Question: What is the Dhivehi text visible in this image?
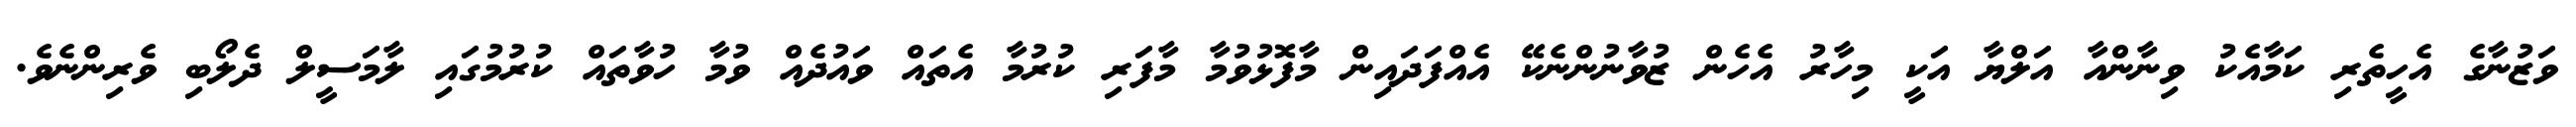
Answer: ވަޒުނާގެ އެހީތެރި ކަމާއެކު ވިނާންއާ އަލްޔާ އަކީ މިހާރު އެހެން ޒުވާނުންނެކޭ އެއްފަދައިން މާފޮޅުވުމާ މާފަރި ކުރުމާ އެތައް ވައުދެއް ވުމާ ހުވާތައް ކުރުމުގައި ލާމަސީލް ދެލޯބި ވެރިންނެވެ.